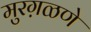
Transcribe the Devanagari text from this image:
मुरग़ळणे